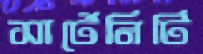
সার্টেনিটি